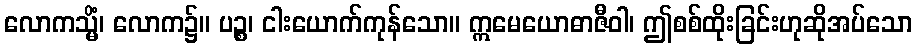
လောကသ္မိံ၊ လောက၌။ ပဉ္စ၊ ငါးယောက်ကုန်သော။ ဣမေယောဓာဇီဝါ၊ ဤစစ်ထိုးခြင်းဟုဆိုအပ်သော